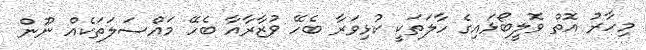
މިހާރު އޮތް ވޮލީބޯޅައިގެ ހާލަތަކީ ކުޅިވަރާ ބެހޭ ވުޒާރާއާ ބެހޭ މައްސަލަތަކެއް ނޫން